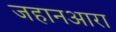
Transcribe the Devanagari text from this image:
जहानआरा